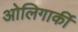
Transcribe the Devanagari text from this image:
ओलिगार्की